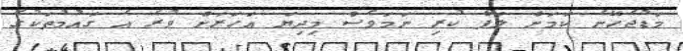
މަޑުޖެހޭނެ ކަމަށް ލަފާ ކުރި ނަމަވެސް މިދިޔަ އަހަރަށް ވުރެ އެ ގައުމުތަކުގެ